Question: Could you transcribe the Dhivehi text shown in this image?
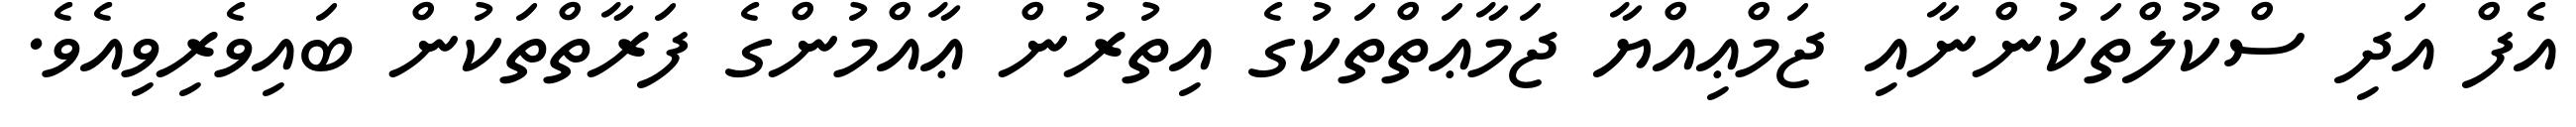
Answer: އެފް އަދި ސްކޫލްތަކުންނާއި ޖަމްޢިއްޔާ ޖަމާޢަތްތަކުގެ އިތުރުން ޢާއްމުންގެ ފަރާތްތަކުން ބައިވެރިވިއެވެ.